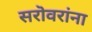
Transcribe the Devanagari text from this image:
सरॊवरांना